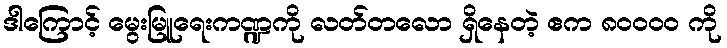
ဒါကြောင့် မွေးမြူရေးကဏ္ဍကို လတ်တလော ရှိနေတဲ့ ဧက ၈၀၀၀၀ ကို